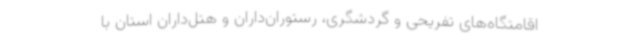
اقامتگاه‌های تفریحی و گردشگری، رستوران‌داران و هتل‌داران استان با